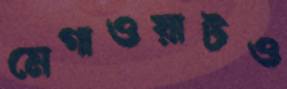
মেগাওয়াটও